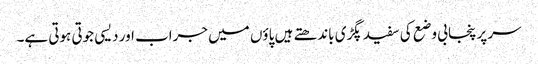
سر پر پنجابی وضع کی سفید پگڑی باندھتے ہیں پاؤں میں جراب اور دیسی جوتی ہوتی ہے۔